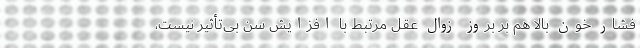
فشار خون بالا هم بر بروز زوال عقل مرتبط با افزایش سن بی‌تأثیر نیست،